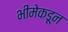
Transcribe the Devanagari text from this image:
भीमेकडून